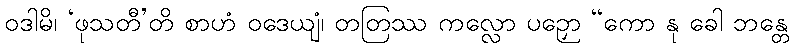
ဝဒါမိ၊ ‘ဖုသတီ’တိ စာဟံ ဝဒေယျံ၊ တတြဿ ကလ္လော ပဉှော “ကော နု ခေါ ဘန္တေ